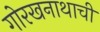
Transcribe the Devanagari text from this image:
गोरखनाथाची